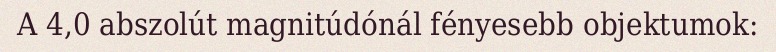
A 4,0 abszolút magnitúdónál fényesebb objektumok: